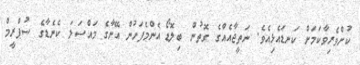
ކުށްވެރިވާކަމަށް ކަނޑައެޅިއެވެ. ނަތީޖާއެއްގެ ގޮތުން ބިލޮޑޯ އެންމެފަހުން އޭނާގެ މައްސަލަ ކެނެޑާގެ ސުޕްރީމް